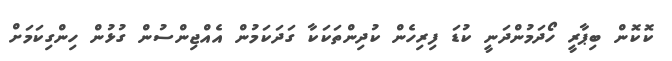
ކޮކޮން ބިޕާރީ ހޯދަމުންދަނީ ކުޑަ ފިރިހެން ކުދިންތަކަކާ ގަދަކަމުން އެއްޖިންސުން ގުޅުން ހިންގިކަމަށް